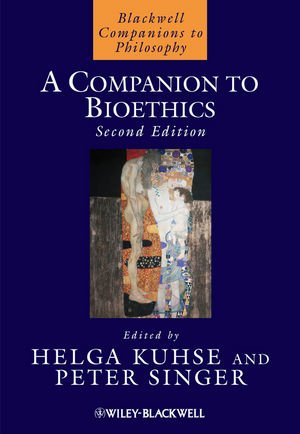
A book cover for A Companion to Bioethics; Medical Books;